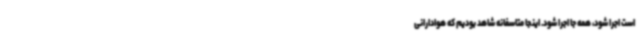
است اجرا شود، همه جا اجرا شود. اینجا متاسفانه شاهد بودیم که هوادارانی